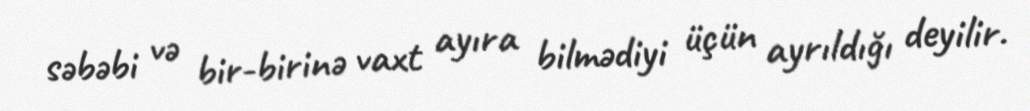
səbəbi və bir-birinə vaxt ayıra bilmədiyi üçün ayrıldığı deyilir.